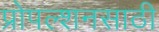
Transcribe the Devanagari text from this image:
प्रोपल्शनसाठी